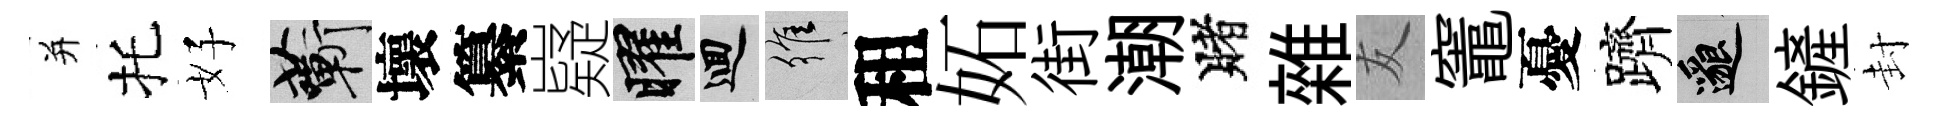
并托好蔪壞纂嶷曜回維租妬街潮賭雜友竈憂躋邈鏟封